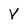
Character: V